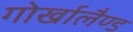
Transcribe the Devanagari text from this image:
गोर्खालैण्ड